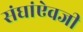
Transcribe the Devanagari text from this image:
संघांऐवजी